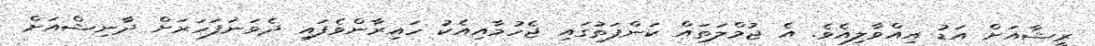
ރީޝާއަށް އަޑު އިއްވާލިއެވެ. އެ ޖުމްލަތައް ކަންފަތުގައި ޖެހުމާާއިއެކު ހައިރާންވެފައި ދެވަނަފަހަރަށް ދާނިޝްއަށް